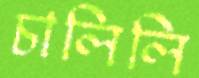
চালিলি